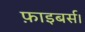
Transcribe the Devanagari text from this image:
फ़ाइबर्स।